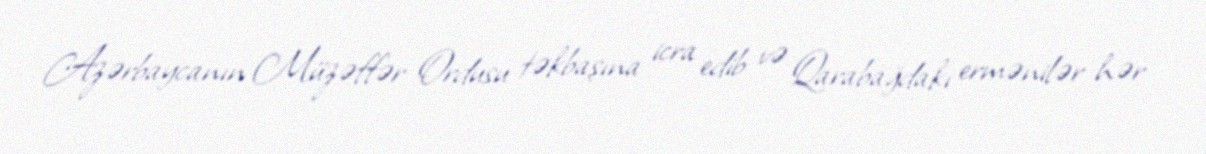
Azərbaycanın Müzəffər Ordusu təkbaşına icra edib və Qarabağdakı ermənilər hər